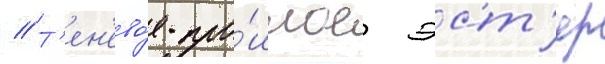
// Т'ен'ево́е про́шлое эст'ер